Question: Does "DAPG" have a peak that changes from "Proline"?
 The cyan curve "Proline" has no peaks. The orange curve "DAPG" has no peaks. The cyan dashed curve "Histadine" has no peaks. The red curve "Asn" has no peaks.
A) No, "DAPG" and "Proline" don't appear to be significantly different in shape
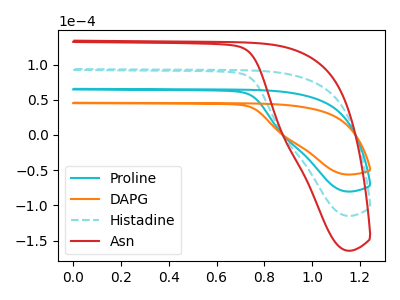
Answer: <think>Neither "DAPG" or "Proline" have any peaks.
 </think>
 <answer>A) No, "DAPG" and "Proline" don't appear to be significantly different in shape</answer>
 <eval>A</eval>